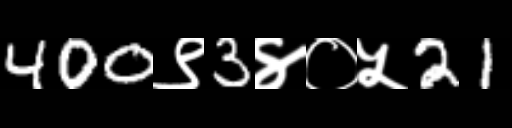
Text: 400९3४०५21